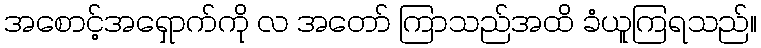
အစောင့်အရှောက်ကို လ အတော် ကြာသည်အထိ ခံယူကြရသည်။